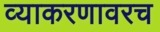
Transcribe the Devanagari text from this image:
व्याकरणावरच